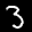
Label: 3